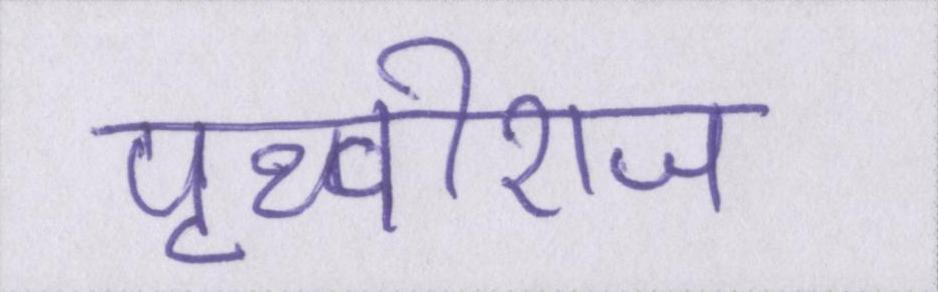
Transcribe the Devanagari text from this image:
पृथ्वीराज